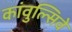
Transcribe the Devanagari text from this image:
कांवुल्सिवे